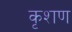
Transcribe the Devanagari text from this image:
कृशण